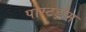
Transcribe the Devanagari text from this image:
पोस्टड्रोम